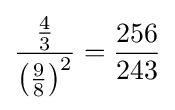
{\frac {\frac {4}{3}}{\left({\frac {9}{8}}\right)^{2}}}={\frac {256}{243}}